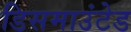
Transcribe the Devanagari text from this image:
डिसमाउंटेड